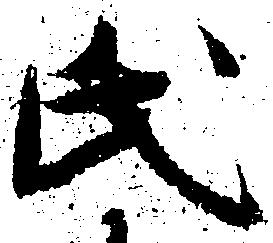
氏